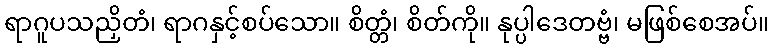
ရာဂူပသညှိတံ၊ ရာဂနှင့်စပ်သော။ စိတ္တံ၊ စိတ်ကို။ နုပ္ပါဒေတဗ္ဗံ၊ မဖြစ်စေအပ်။